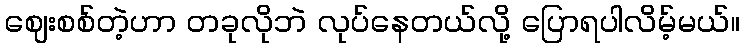
ဈေးစစ်တဲ့ဟာ တခုလိုဘဲ လုပ်နေတယ်လို့ ပြောရပါလိမ့်မယ်။